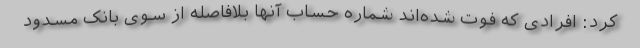
کرد: افرادی که فوت شده‌اند شماره حساب آنها بلافاصله از سوی بانک مسدود